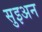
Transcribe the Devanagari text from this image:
सुइअन